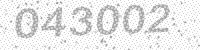
Solution: 043002